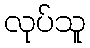
လုပ်သူ